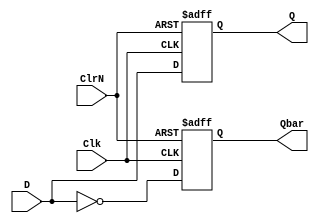
/*  D
   copyright 2012 (pika1021@gmail.com)
   */
`ifndef DFLIPFLOPNEGCLKRST_V
	`define DFLIPFLOPNEGCLKRST_V
	`timescale 1ns / 100ps
	module dFlipFlopNegClkNegRst(Q, Qbar, D, Clk, ClrN);
		input D, Clk, ClrN;
		output reg Q, Qbar;
		
		always @(negedge Clk or negedge ClrN)
		begin
			if(~ClrN) begin
				Q <= 0; 
				Qbar <= 1;
			end else begin
				Q <= D; 
				Qbar <= ~D;
			end
		end
	endmodule
`endif